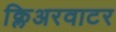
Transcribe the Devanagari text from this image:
क्लिअरवाटर